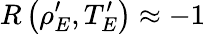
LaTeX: R\left(\rho_{E}^{\prime},T_{E}^{\prime}\right)\approx-1